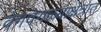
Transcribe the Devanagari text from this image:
वेगवेगळ्याक्षेत्रात